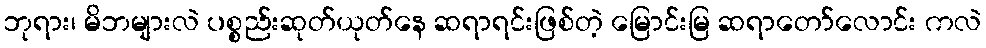
ဘုရား၊ မိဘများလဲ ပစ္စည်းဆုတ်ယုတ်နေ ဆရာရင်းဖြစ်တဲ့ မြောင်းမြ ဆရာတော်လောင်း ကလဲ